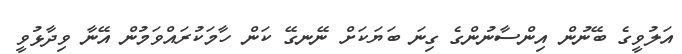
އަލުވީގެ ބޭނުން އިންސާނުންގެ ގިނަ ބަޔަކަށް ނޭނގޭ ކަން ހާމަކުރައްވަމުން އޭނާ ވިދާޅުވީ